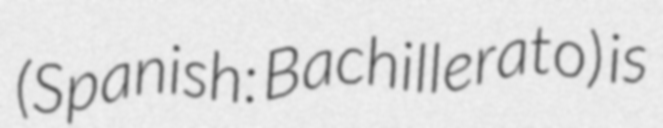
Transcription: (Spanish: Bachillerato) is